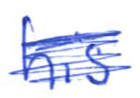
Text: his
Cross-out: mix
Writing tool: ballpoint